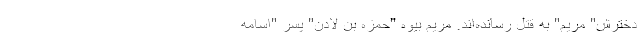
دخترش" مریم" به قتل رسانده‌اند. مریم بیوه "حمزه بن لادن" پسر "اسامه